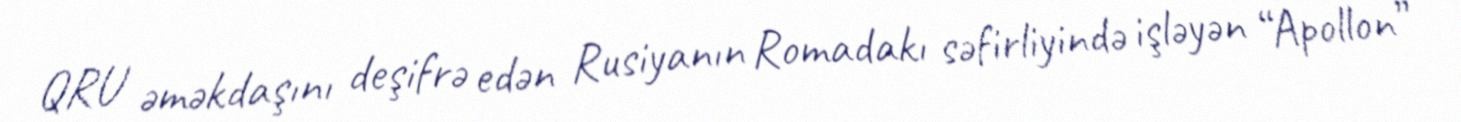
QRU əməkdaşını deşifrə edən Rusiyanın Romadakı səfirliyində işləyən “Apollon”